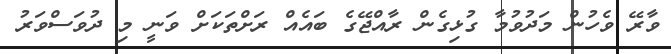
ވާރޭ ވެހުން މަދުވުމާ ގުޅިގެން ރާއްޖޭގެ ބައެއް ރަށްތަކަށް ވަނީ މި ދުވަސްވަރު